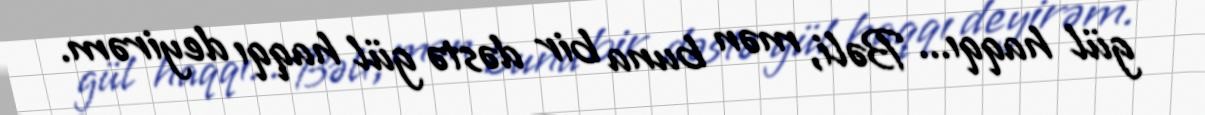
gül haqqı... Bəli, mən buna bir dəstə gül haqqı deyirəm.